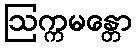
ဩက္ကမန္တော